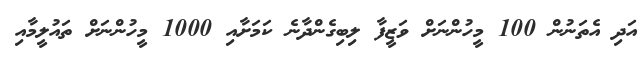
އަދި އެތަނުން 100 މީހުންނަށް ވަޒީފާ ލިބިގެންދާނެ ކަމަށާއި 1000 މީހުންނަށް ތައުލީމާއި